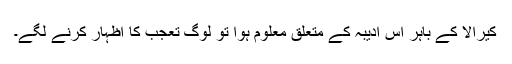
کیرالا کے باہر اس ادیبہ کے متعلق معلوم ہوا تو لوگ تعجب کا اظہار کرنے لگے۔